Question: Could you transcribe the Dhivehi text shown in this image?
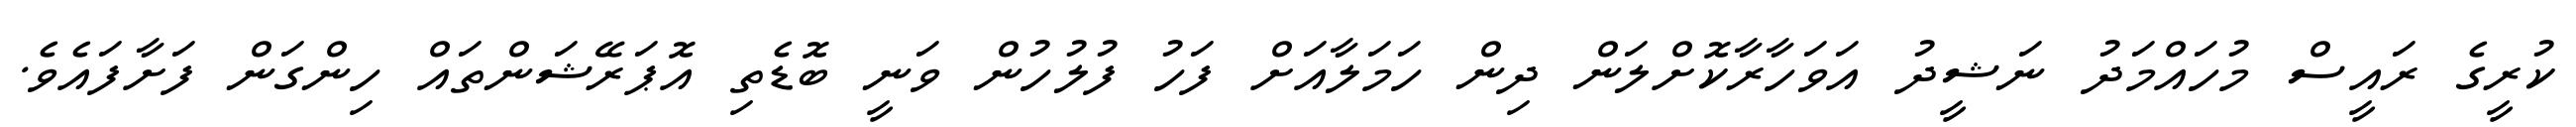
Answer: ކުރީގެ ރައީސް މުހައްމަދު ނަޝީދު އަވަހާރާކޮށްލަން ދިން ހަމަލާއަށް ފަހު ފުލުހުން ވަނީ ބޮޑެތި އޮޕަރޭޝަންތައް ހިންގަން ފަށާފައެވެ.